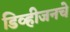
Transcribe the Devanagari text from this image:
डिव्हीजनचे